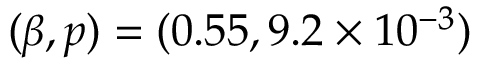
( \beta , p ) = ( 0 . 5 5 , 9 . 2 \times 1 0 ^ { - 3 } )